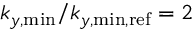
k _ { y , \mathrm { m i n } } / k _ { y , \mathrm { m i n , r e f } } = 2